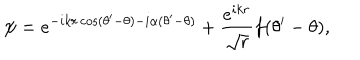
\psi = e ^ { - i k r \cos ( \theta ^ { \prime } - \theta ) - i \alpha ( \theta ^ { \prime } - \theta ) } + \displaystyle \frac { e ^ { i k r } } { \sqrt { r } } f ( \theta ^ { \prime } - \theta ) ,